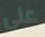
على